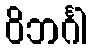
ဝိဘင်္ဂါ